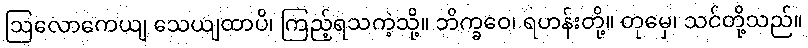
ဩလောကေယျ သေယျထာပိ၊ ကြည့်ရသကဲ့သို့။ ဘိက္ခဝေ၊ ရဟန်းတို့။ တုမှေ၊ သင်တို့သည်။